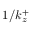
1 / k _ { z } ^ { + }